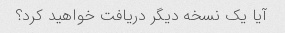
آیا یک نسخه دیگر دریافت خواهید کرد؟